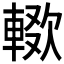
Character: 𰹚